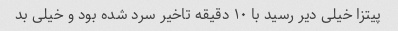
پیتزا خیلی دیر رسید با ۱۰ دقیقه تاخیر سرد شده بود و خیلی بد